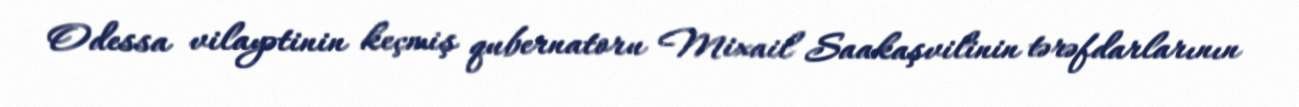
Odessa vilayətinin keçmiş qubernatoru Mixail Saakaşvilinin tərəfdarlarının